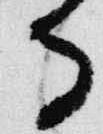
寺